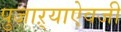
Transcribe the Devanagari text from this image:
पुजाऱ्याऐवजी